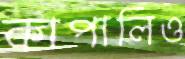
কাপালিও